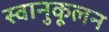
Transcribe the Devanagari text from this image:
स्वानुकूलन